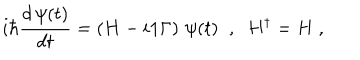
i \hbar \frac { d \, \psi ( t ) } { d t } = \left( H - i { \bf 1 } \Gamma \right) \, \psi ( t ) \; \; , \; \; H ^ { \dagger } = H \; ,